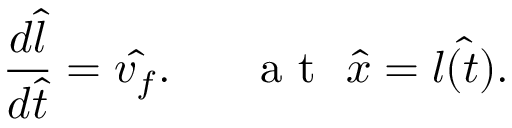
\frac { d \hat { l } } { d \hat { t } } = \hat { v _ { f } } . ~ ~ ~ ~ ~ \mathrm { ~ a ~ t ~ } ~ \hat { x } = \hat { l ( t ) } .